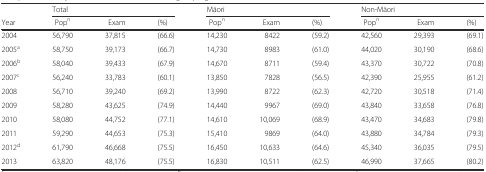
|  | <COLSPAN=3> Total | <COLSPAN=3> Māori | <COLSPAN=3> Non-Māori |
 | Year | Popn | Exam | (%) | Popn | Exam | (%) | Popn | Exam | (%) |
 | --- | --- | --- | --- | --- | --- | --- | --- | --- | --- |
 | 2004 | 56,790 | 37,815 | (66.6) | 14,230 | 8422 | (59.2) | 42,560 | 29,393 | (69.1) |
 | 2005a | 58,750 | 39,173 | (66.7) | 14,730 | 8983 | (61.0) | 44,020 | 30,190 | (68.6) |
 | 2006b | 58,040 | 39,433 | (67.9) | 14,670 | 8711 | (59.4) | 43,370 | 30,722 | (70.8) |
 | 2007c | 56,240 | 33,783 | (60.1) | 13,850 | 7828 | (56.5) | 42,390 | 25,955 | (61.2) |
 | 2008 | 56,710 | 39,240 | (69.2) | 13,990 | 8722 | (62.3) | 42,720 | 30,518 | (71.4) |
 | 2009 | 58,280 | 43,625 | (74.9) | 14,440 | 9967 | (69.0) | 43,840 | 33,658 | (76.8) |
 | 2010 | 58,080 | 44,752 | (77.1) | 14,610 | 10,069 | (68.9) | 43,470 | 34,683 | (79.8) |
 | 2011 | 59,290 | 44,653 | (75.3) | 15,410 | 9869 | (64.0) | 43,880 | 34,784 | (79.3) |
 | 2012d | 61,790 | 46,668 | (75.5) | 16,450 | 10,633 | (64.6) | 45,340 | 36,035 | (79.5) |
 | 2013 | 63,820 | 48,176 | (75.5) | 16,830 | 10,511 | (62.5) | 46,990 | 37,665 | (80.2) |